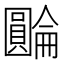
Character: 𡈺